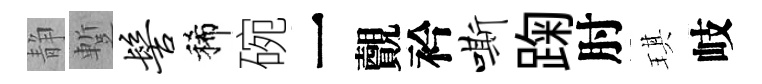
静蹔髻稀碗一覿衿嘶踘肘琪岐